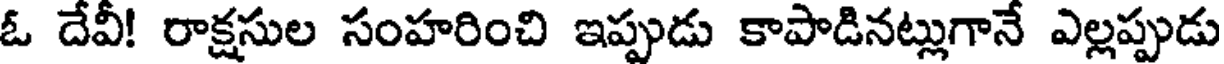
ఓ దేవీ! రాక్షసుల సంహరించి ఇప్పుడు కాపాడినట్లుగానే ఎల్లప్పుడు